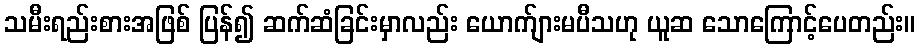
သမီးရည်းစားအဖြစ် ပြန်၍ ဆက်ဆံခြင်းမှာလည်း ယောက်ျားမပီသဟု ယူဆ သောကြောင့်ပေတည်း။